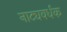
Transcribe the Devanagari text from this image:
नाट्यवर्धक